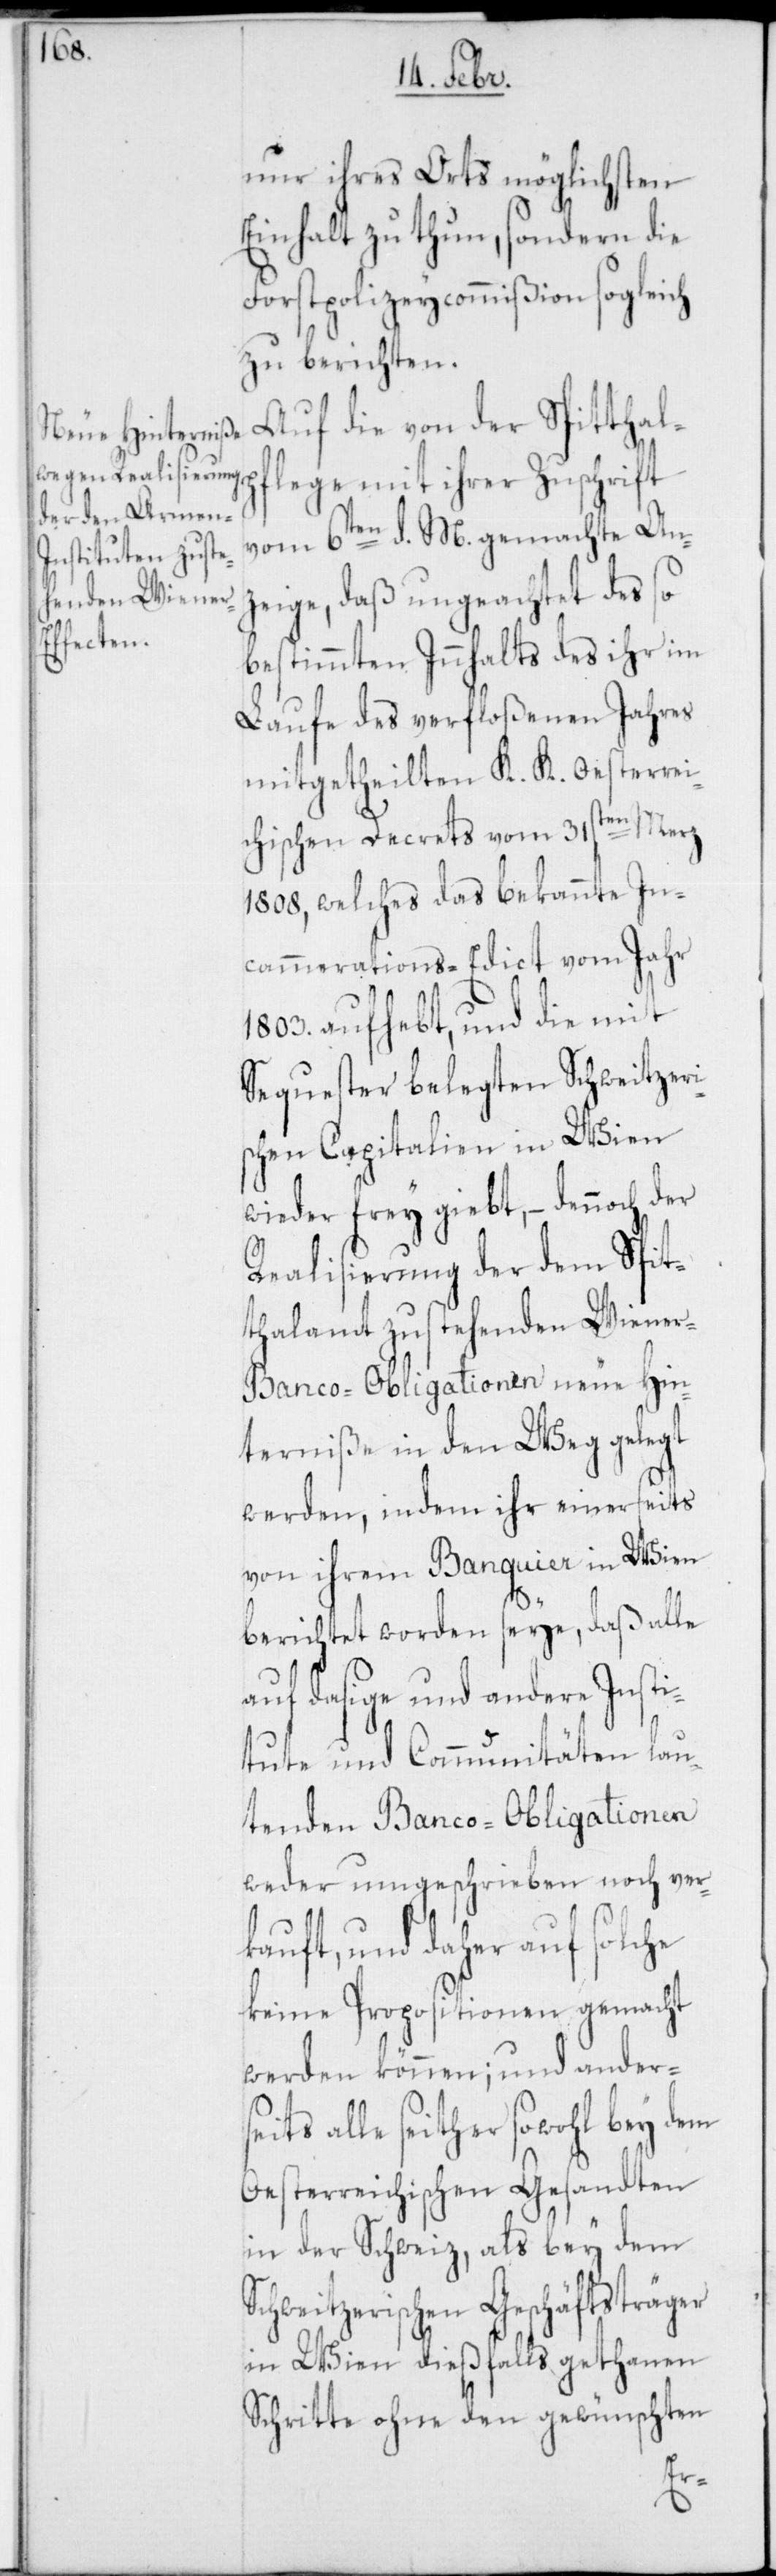
nur ihres Orts möglichsten
Einhalt zu thun, sondern die
Forstpolizeycommißion sogleich
zu berichten.
Auf die von der Spitthalp¬
flege mit ihrer Zuschrift
vom 6ten d. M. gemachte An¬
zeige, daß ungeachtet des so
bestimmten Innhalts des ihr im
Laufe des verfloßenen Jahres
mitgetheilten K. K. oesterrei¬
chischen Decrets vom 31sten Merz
1808, welches das bekannte In¬
cammerations-Edict vom Jahr
1803. aufhebt, und die mit
Sequester belegten Schweitzeri¬
schen Capitalien in Wien
wieder frey giebt, – dennoch der
Realisierung der dem Spit¬
thalamt zustehenden Wine¬
r-Banco-Obilgationen neue Hin¬
terniße in den Weg gelegt
werden, indem ihr einerseits
von ihrem Banquier in Wien
berichtet worden seye, daß alle
auf dasige und andere Insti¬
tute und Communitäten lau¬
tenden Banco-Obligationen
weder umgeschrieben noch ver¬
kauft, und daher auf solche
keine Propositionen gemacht
werden können; und anderse¬
its alle seither sowohl bey dem
Oesterreichischen Gesandten
in der Schweiz, als bey dem
Schweitzerischen Geschäftsträger
in Wien dießfalls gethanen
Schritte ohne den gewünschten